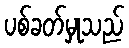
ပစ်ခတ်မှုသည်